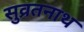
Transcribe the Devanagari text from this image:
सुव्रतनाथ